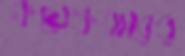
কয়েকবারের